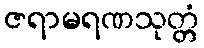
ဇရာမရဏသုတ္တံ